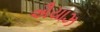
ઐયાઝ